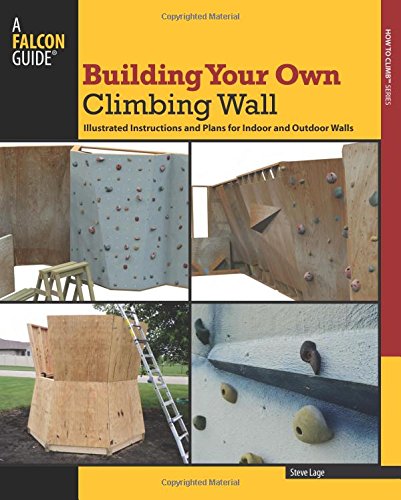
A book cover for Building Your Own Climbing Wall: Illustrated Instructions And Plans For Indoor And Outdoor Walls (How To Climb Series); Steve Lage; Sports & Outdoors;